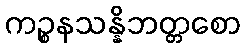
ကဉ္စနသန္နိဘတ္တစော